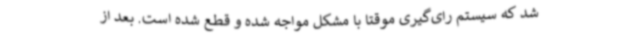
شد که سیستم رای‌گیری موقتا با مشکل مواجه شده و قطع شده است. بعد از